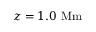
z = 1 . 0 \ \mathrm { M m }